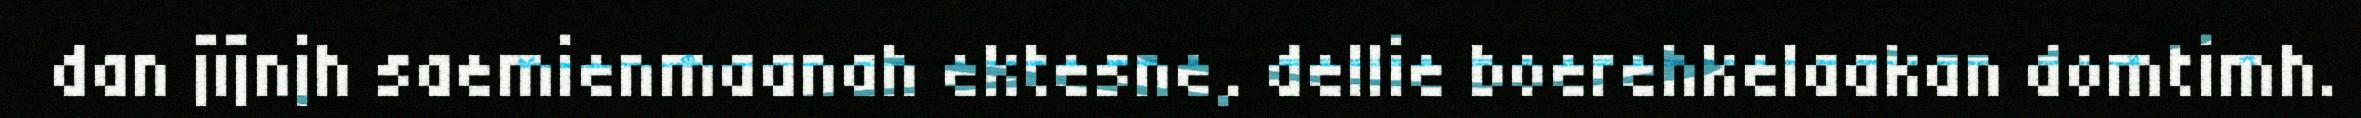
dan jïjnjh saemienmaanah ektesne, dellie boerehkelaakan domtimh.